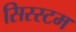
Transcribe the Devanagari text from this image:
सिस्स्टम